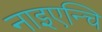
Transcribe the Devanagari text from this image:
नाइएन्चि